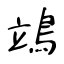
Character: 鴗